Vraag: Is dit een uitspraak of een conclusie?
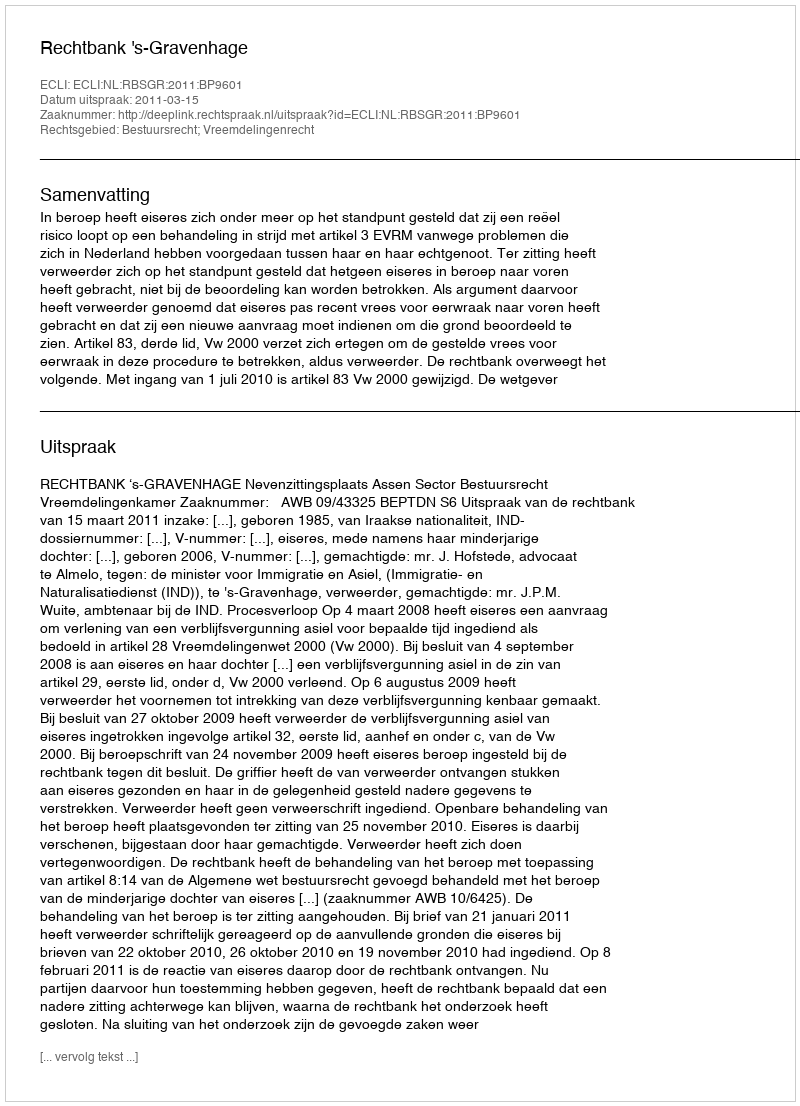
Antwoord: Uitspraak